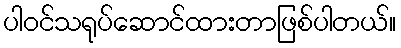
ပါဝင်သရုပ်ဆောင်ထားတာဖြစ်ပါတယ်။